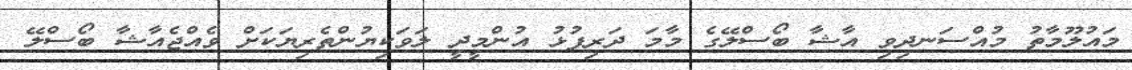
މައުލޫމާތު މުއްސަނދިވި އާޝާ ބޯސްލޭގެ މާމަ ދަރިފުޅު އުންމީދީ ލަވަކިޔުންތެރިޔަކަށް ވެއްޖެއާޝާ ބޯސްލޭ